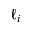
\ell _ { i }